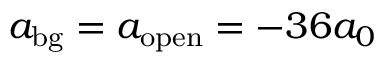
a _ { \mathrm { b g } } = a _ { \mathrm { o p e n } } = - 3 6 a _ { 0 }